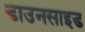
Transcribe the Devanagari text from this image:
डाउनसाइड